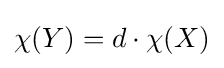
\chi (Y)=d\cdot \chi (X)